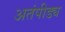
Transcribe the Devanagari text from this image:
अतंपीड्य